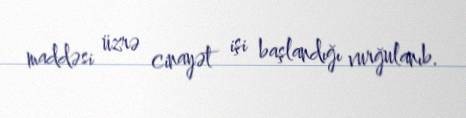
maddəsi üzrə cinayət işi başlandığı vurğulanıb.